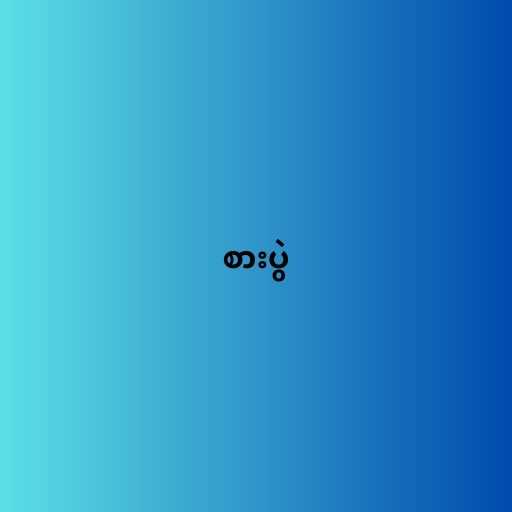
စားပွဲ